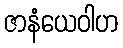
ဇာနံယေဝါဟ